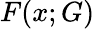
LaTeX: F(x;G)